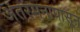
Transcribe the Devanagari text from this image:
अंतरमनापासून